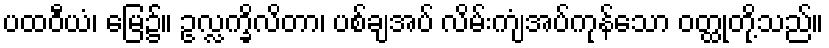
ပထဝီယံ၊ မြေ၌။ ဥလ္လက္ခိလိတာ၊ ပစ်ချအပ် လိမ်းကျံအပ်ကုန်သော ဝတ္ထုတို့သည်။